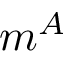
m ^ { A }